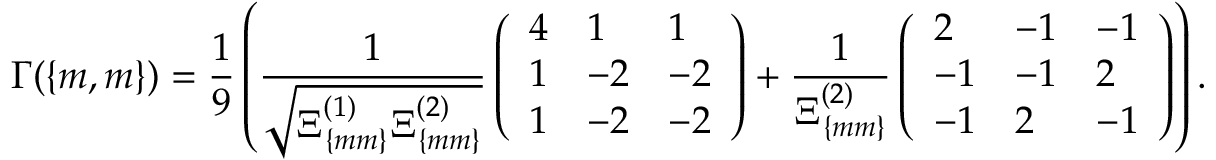
\Gamma ( \{ m , m \} ) = \frac { 1 } { 9 } \left( \frac { 1 } { \sqrt { \Xi _ { \{ m m \} } ^ { ( 1 ) } \Xi _ { \{ m m \} } ^ { ( 2 ) } } } \left( \begin{array} { l l l } { 4 } & { 1 } & { 1 } \\ { 1 } & { - 2 } & { - 2 } \\ { 1 } & { - 2 } & { - 2 } \end{array} \right) + \frac { 1 } { \Xi _ { \{ m m \} } ^ { ( 2 ) } } \left( \begin{array} { l l l } { 2 } & { - 1 } & { - 1 } \\ { - 1 } & { - 1 } & { 2 } \\ { - 1 } & { 2 } & { - 1 } \end{array} \right) \right) .